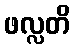
ဖလ္လတိ